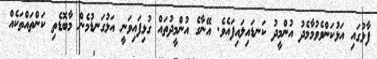
ފާޅުގައި އަޅުކަންވެވުމާމެދު އުންމީދު ކަނޑައިލައިފައެވެ. އޭނާގެ އުންމީދުތައް ގުޅިފައިވަނީ އަޅުގަނޑުމެން މާބޮޑެތި ކަންތައްތަކެއް